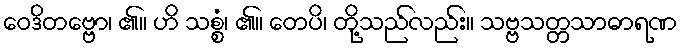
ဝေဒိတဗ္ဗော၊ ၏။ ဟိ သစ္စံ၊ ၏။ တေပိ၊ တို့သည်လည်း။ သဗ္ဗသတ္တသာဓာရဏ